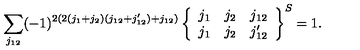
\sum _ { j _ { 1 2 } } ( - 1 ) ^ { 2 ( 2 ( j _ { 1 } + j _ { 2 } ) ( j _ { 1 2 } + j _ { 1 2 } ^ { \prime } ) + j _ { 1 2 } ) } \left\{ \begin{array} { c c c } { j _ { 1 } } & { j _ { 2 } } & { j _ { 1 2 } } \\ { j _ { 1 } } & { j _ { 2 } } & { j _ { 1 2 } ^ { \prime } } \\ \end{array} \right\} ^ { S } = 1 .